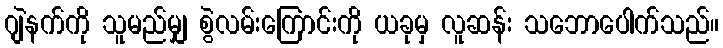
ဂျဲနက်ကို သူမည်မျှ စွဲလမ်းကြောင်းကို ယခုမှ လူဆန်း သဘောပေါက်သည်။